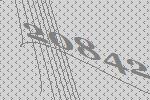
20842